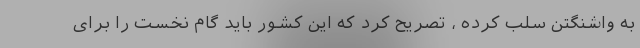
به واشنگتن سلب کرده ، تصریح کرد که این کشور باید گام نخست را برای